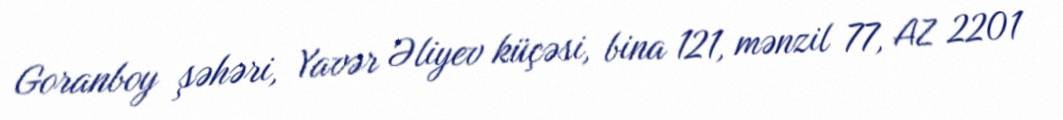
Goranboy şəhəri, Yavər Əliyev küçəsi, bina 121, mənzil 77, AZ 2201